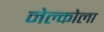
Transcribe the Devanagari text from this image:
नेल्कोला